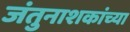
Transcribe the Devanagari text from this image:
जंतुनाशकांच्या